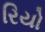
રિયો